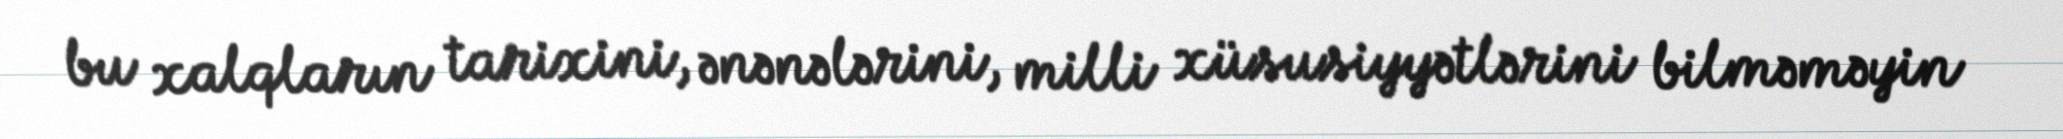
bu xalqların tarixini, ənənələrini, milli xüsusiyyətlərini bilməməyin